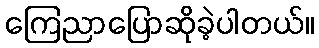
ကြေညာပြောဆိုခဲ့ပါတယ်။